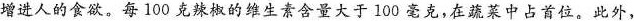
增进人的食欲。每100克辣椒的维生素含量大于100毫克，在蔬菜中占首位。此外，